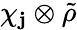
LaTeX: \chi_{\mathbf{j}}\otimes{\tilde{{\rho}}}